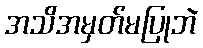
အသိအမှတ်မပြုဘဲ